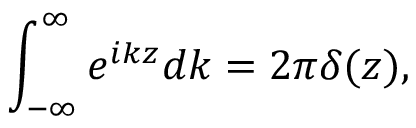
\int _ { - \infty } ^ { \infty } e ^ { i k z } d k = 2 \pi \delta ( z ) ,